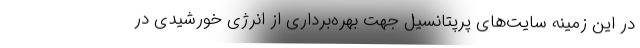
در این زمینه سایت‌های پرپتانسیل جهت بهره‌برداری از انرژی خورشیدی در